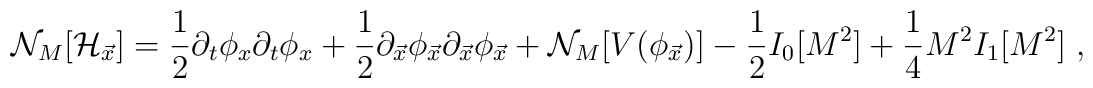
{\cal N}_M[{\cal H}_{\vec{x}}]={\frac {1}{2}}\partial_t\phi_x\partial_t\phi_x+        {\frac {1}{2}}\partial_{\vec{x}}\phi_{\vec{x}}\partial_{\vec{x}}        \phi_{\vec{x}} +{\cal N}_M[V(\phi_{\vec{x}})]        - {\frac {1}{2}}I_0[M^2]+{\frac {1}{4}} M^2 I_1[M^2] \;,